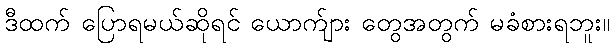
ဒီထက် ပြောရမယ်ဆိုရင် ယောက်ျား တွေအတွက် မခံစားရဘူး။